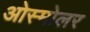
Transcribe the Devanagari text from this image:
ओस्मोलर